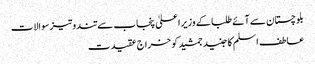
بلوچستان سے آئے طلبا کے وزیراعلیٰ پنجاب سے تند وتیزسوالات
عاطف اسلم کا جنید جمشید کو خراج عقیدت